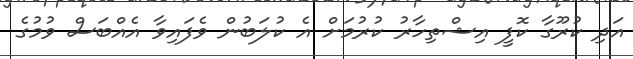
އަދި ކުރޫގާ ކޮފީ އިޝްތިހާރު ކުރުމަށް އެ ކުލަބުން ވެފައިވާ އެއްބަސް ވުމުގެ